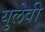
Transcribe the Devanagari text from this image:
युलेवी